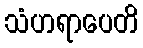
သံဟရာပေတိ